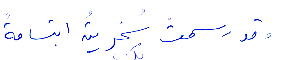
وقد رسمت سخريته ابتسامة